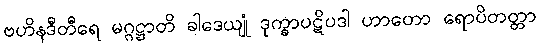
ဗဟိနဒီတီရေ မဂ္ဂဋ္ဌာတိ ခါဒေယျုံ ဒုက္ခာပဋိပဒါ ဟာတော ရောပိတတ္တာ